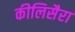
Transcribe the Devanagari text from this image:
कीलिसैरा